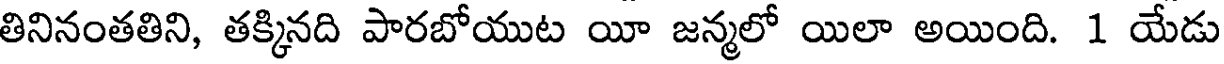
తినినంతతిని, తక్కినది పారబోయుట యీ జన్మలో యిలా అయింది. 1 యేడు